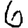
Digit: 6